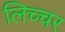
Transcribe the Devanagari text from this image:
लिच्चर